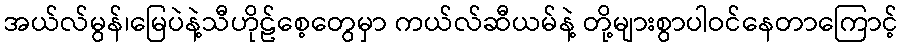
အယ်လ်မွန်၊မြေပဲနဲ့သီဟိုဠ်စေ့တွေမှာ ကယ်လ်ဆီယမ်နဲ့ တို့များစွာပါဝင်နေတာကြောင့်